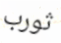
ثورب